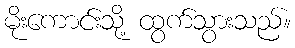
မိုးကောင်းသို့ ထွက်သွားသည်။